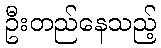
ဦးတည်နေသည့်